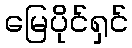
မြေပိုင်ရှင်